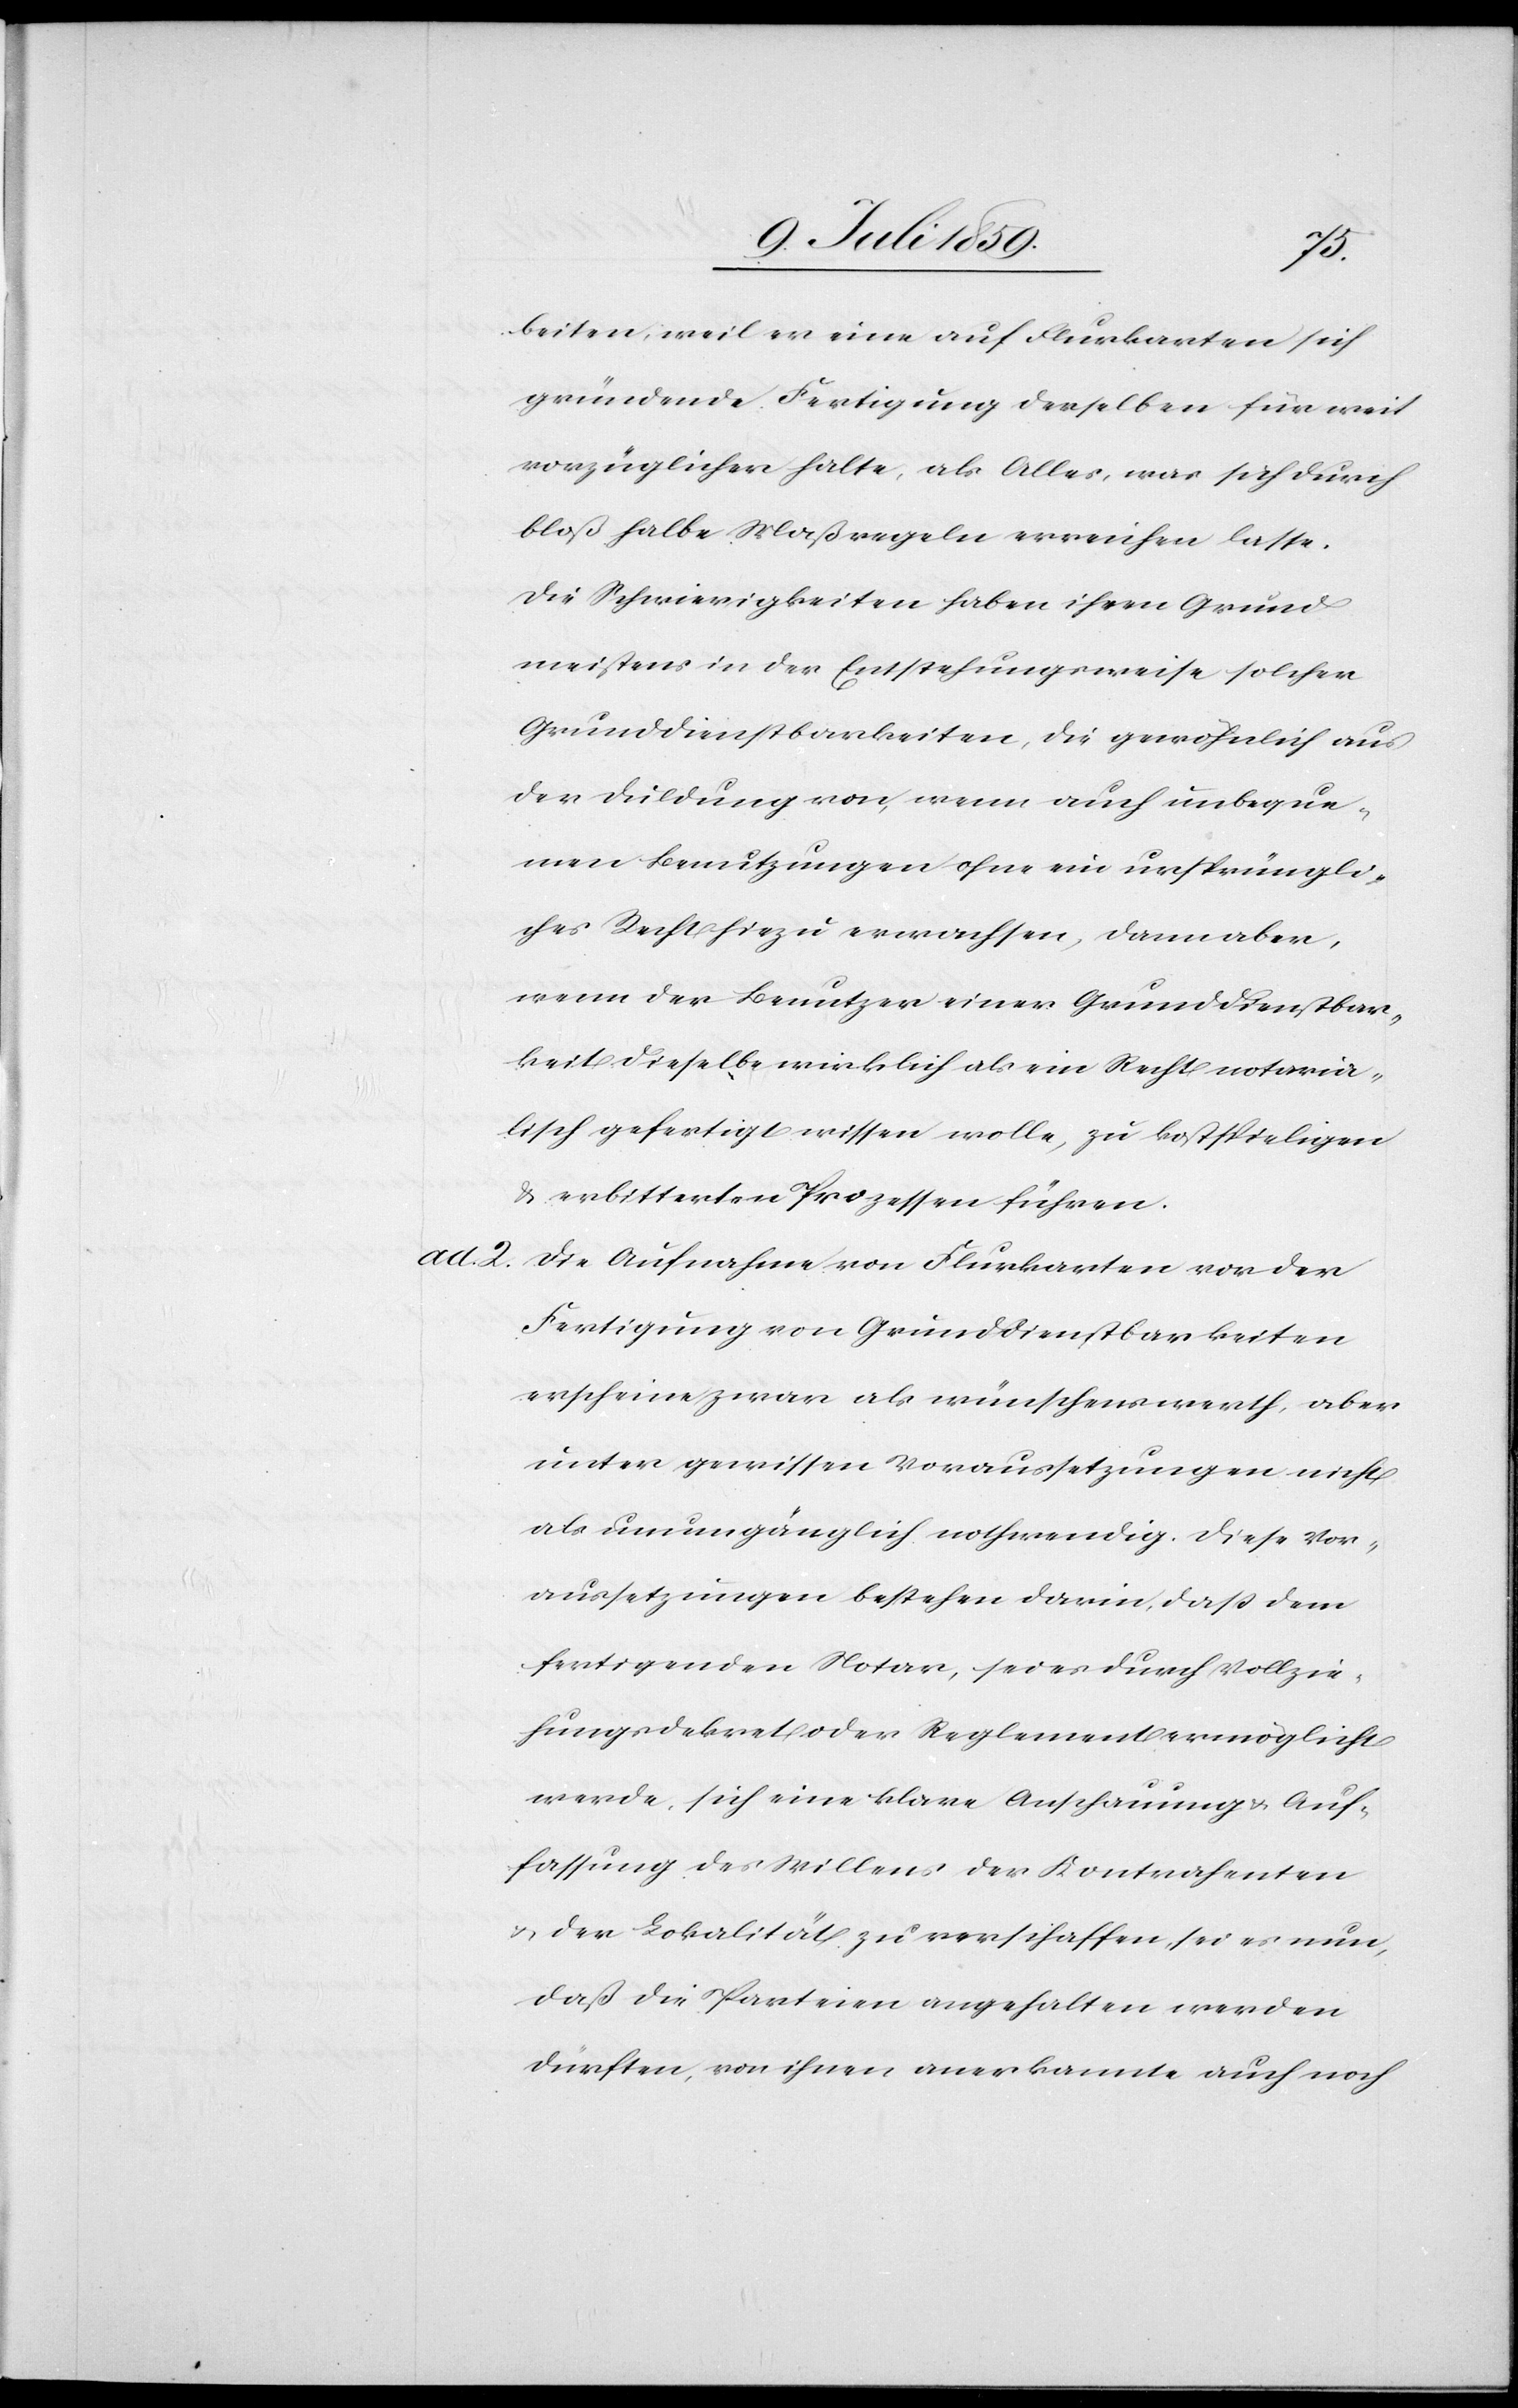
ad. 2.

arbeiten, weil er eine auf Flurkarten sich
gründende Fertigung derselben für weit
vorzüglicher halte, als Alles, was sich durch
bloß halbe Maßregeln erreichen lasse.
Die Schwierigkeiten haben ihren Grund
meistens in der Entstehungsweise solcher
Grunddienstbarkeiten, die gewöhnlich aus
der Duldung von, wenn auch unbeque¬
men Benutzungen ohne ein ursprüngli¬
ches Recht hiezu erwachsen, dann aber,
wenn der Benutzer einer Grunddienstbar¬
keit dieselbe wirklich als ein Recht notaria¬
lisch gefertigt wissen wolle, zu kostspieligen
u. erbitterten Prozessen führen.
Die Aufnahme von Flurkarten vor der
Fertigung von Grunddienstbarkeiten
erscheine zwar als wünschenswerth, aber
unter gewissen Voraussetzungen nicht
als unumgänglich nothwendig. Diese Vor¬
aussetzungen bestehen darin, daß dem
fertigenden Notar, sei es durch Vollzie¬
hungsdekret oder Reglement ermöglicht
werde, sich eine klare Anschauung u. Auf¬
fassung des Willens des Kontrahenten
u. der Lokalität zu verschaffen, sei es nun,
daß die Parteien angehalten werden
dürften, von ihnen anerkannte auch noch